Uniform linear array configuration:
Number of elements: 12
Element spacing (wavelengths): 0.25
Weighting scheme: kaiser
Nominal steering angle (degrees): -30
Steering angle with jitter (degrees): -30.301
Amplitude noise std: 0.05
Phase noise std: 0.05

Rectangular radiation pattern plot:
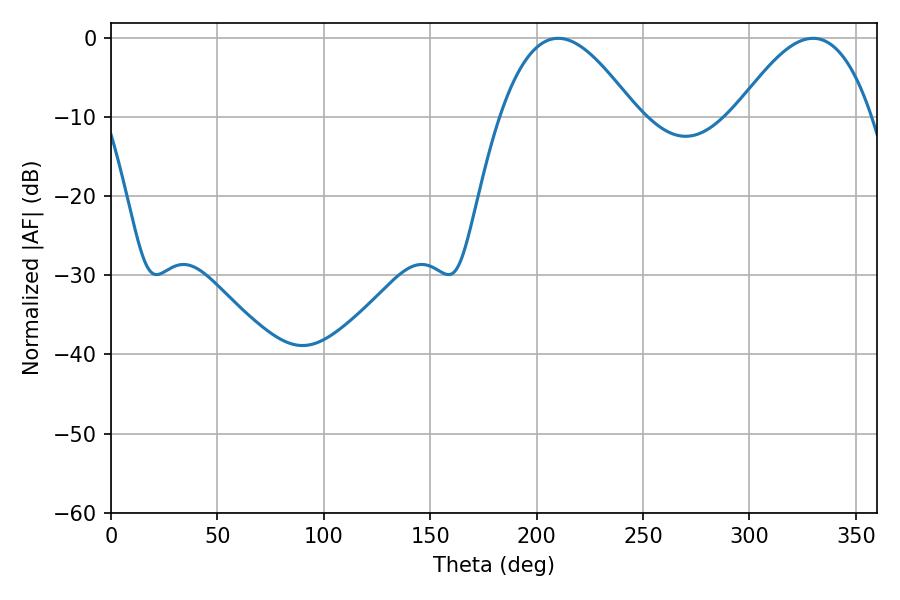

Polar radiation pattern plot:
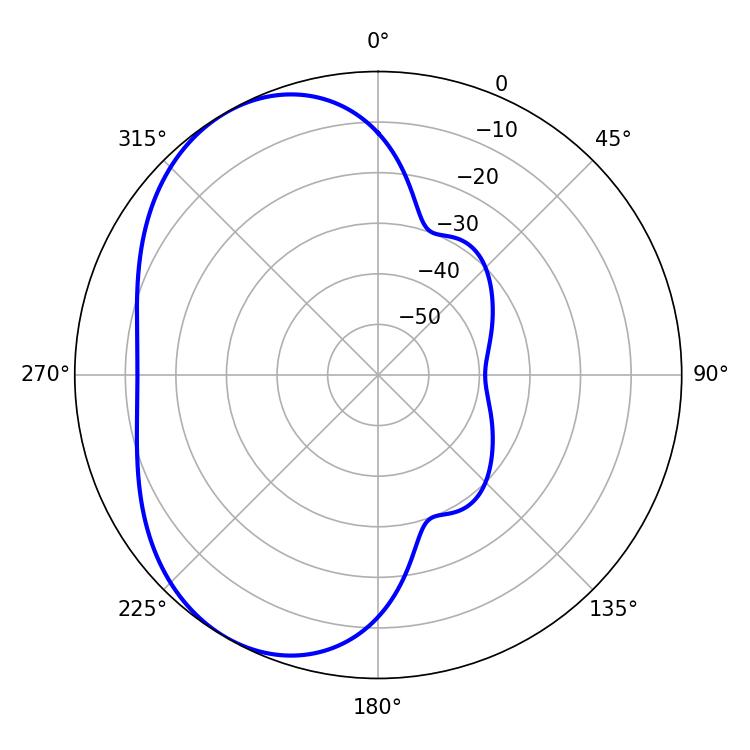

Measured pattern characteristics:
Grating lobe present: FALSE
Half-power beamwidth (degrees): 34.92
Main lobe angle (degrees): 210.06